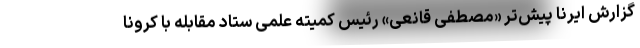
گزارش ایرنا پیش‌تر «مصطفی قانعی» رئیس کمیته علمی ستاد مقابله با کرونا